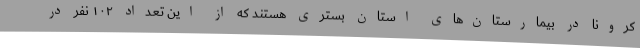
کرونا در بیمارستان‌های استان بستری هستند که از این تعداد ۱۰۲ نفر در